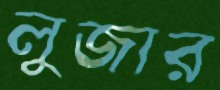
লুজার